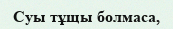
Суы тұщы болмаса,